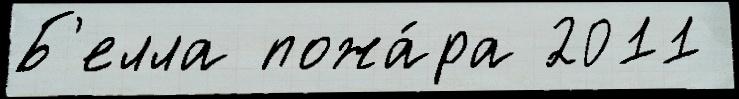
Б'елла пожа́ра 2011